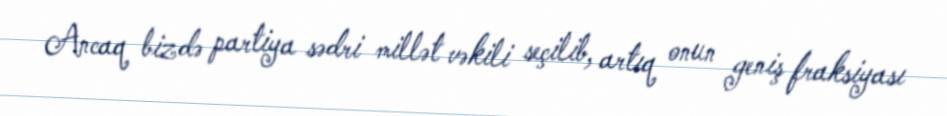
Ancaq bizdə partiya sədri millət vəkili seçilib, artıq onun geniş fraksiyası